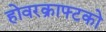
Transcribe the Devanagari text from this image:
होवरक्राफ्टको